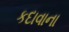
કદાવાના